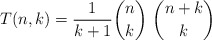
\begin{gather*}T(n,k)= {1 \over {k+1}} {n \choose k}~{n+k \choose k}\end{gather*}